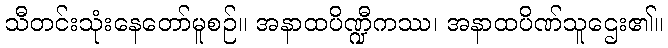
သီတင်းသုံးနေတော်မူစဉ်။ အနာထပိဏ္ဍီကဿ၊ အနာထပိဏ်သူဌေး၏။